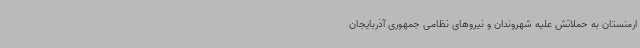
ارمنستان به حملاتش علیه شهروندان و نیروهای نظامی جمهوری آذربایجان